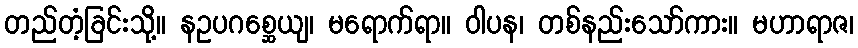
တည်တံ့ခြင်းသို့။ နဥပဂစ္ဆေယျ၊ မရောက်ရာ။ ဝါပန၊ တစ်နည်းသော်ကား။ မဟာရာဇ၊